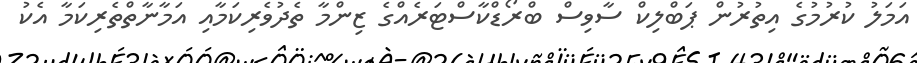
އަމަލު ކުރުމުގެ އިތުރުން ޕަބްލިކް ސާވިސް ބްރޯޑްކާސްޓަރެއްގެ ޒިންމާ ތެދުވެރިކަމާއި އަމާނާތްތެރިކަމާ އެކު